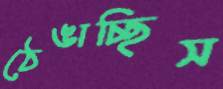
ঠেঙাচ্ছিস